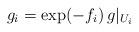
LaTeX: \begin{align*} g_i=\exp(-f_i)\,g|_{U_i} \end{align*}